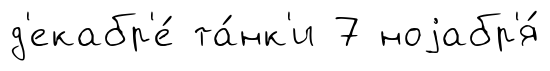
д'екабр'е́ та́нк'и 7 ноjабр'я́